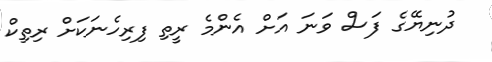
ދުނިޔޭގެ ފަސް ވަނަ އަށް އެންމެ ރީތި ފިރިހެނަކަށް ރިތިކް